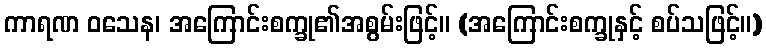
ကာရဏ ဝသေန၊ အကြောင်းစက္ခု၏အစွမ်းဖြင့်။ (အကြောင်းစက္ခုနှင့် စပ်သဖြင့်။)